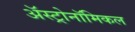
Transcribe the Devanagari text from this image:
अॅस्ट्रोनॉमिकल